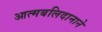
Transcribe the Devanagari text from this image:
आत्मबलिदानाने